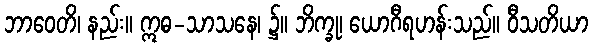
ဘာဝေတိ၊ နည်း။ ဣဓ-သာသနေ၊ ၌။ ဘိက္ခု၊ ယောဂီရဟန်းသည်။ ဝီသတိယာ